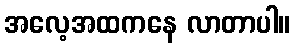
အလေ့အထကနေ လာတာပါ။